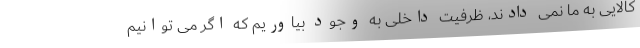
کالایی به ما نمی دادند، ظرفیت داخلی به وجود بیاوریم که اگر می توانیم